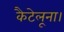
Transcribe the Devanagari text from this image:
कैटेलूना।